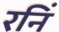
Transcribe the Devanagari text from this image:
रनिं